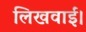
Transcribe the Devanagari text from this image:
लिखवाईं।